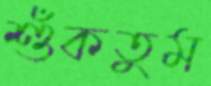
শুঁকতুম